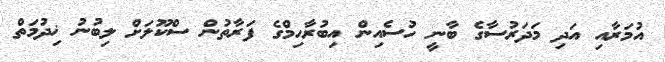
އުމަރާއި އަދި މަދަރުސާގެ ބާނީ ހުސެއިން އިބުރާހިމްގެ ފަރާތުން ސްކޫލަށް ލިބުނު ޚިދުމަތް